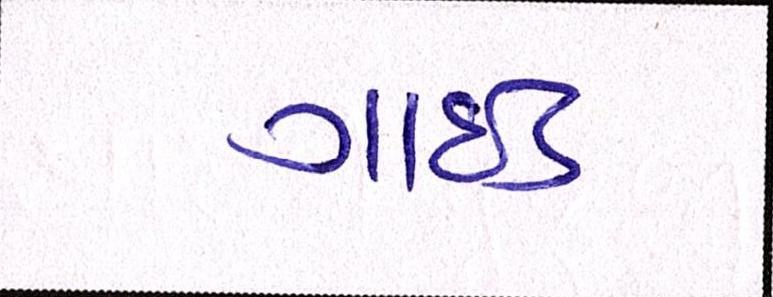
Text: ગાઇડ